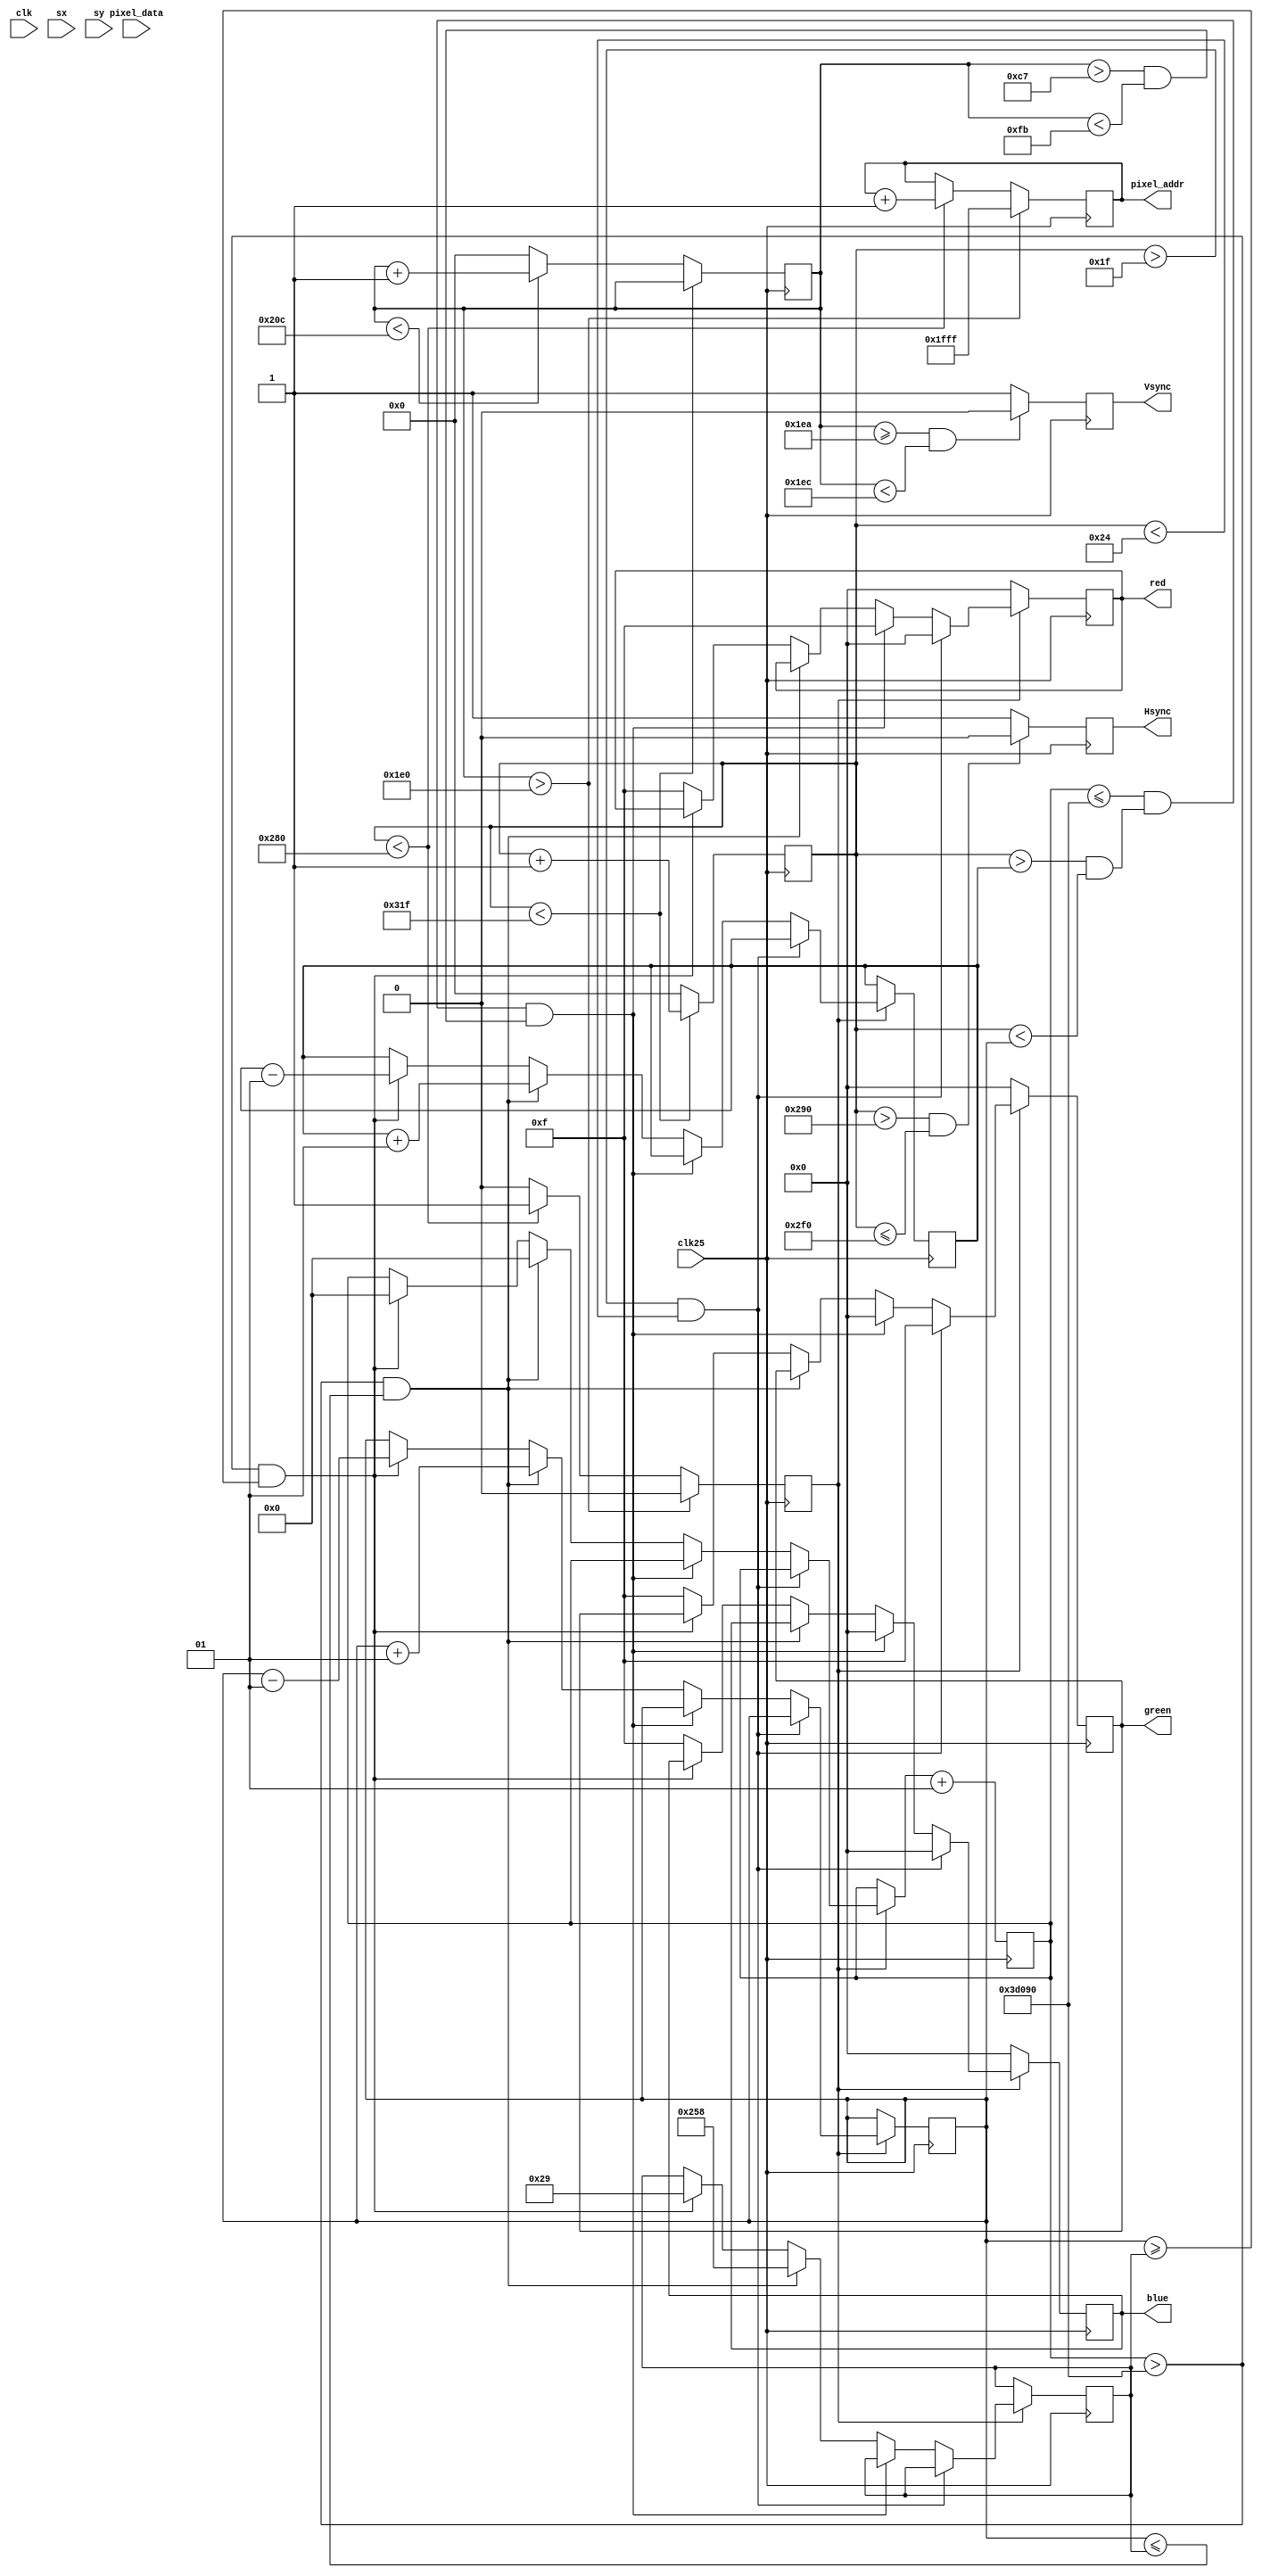
`timescale 1ns / 1ps


module VGALAB(clk,clk25, pixel_data,sx,sy,red,green,blue,Hsync,Vsync,pixel_addr);
input clk;
input clk25;
input [7:0] pixel_data;
input [8:0] sx, sy;
output reg [3:0] red;
output reg [3:0] green;
output reg [3:0] blue;
output reg Hsync,Vsync;
output reg [12:0] pixel_addr;

localparam HDISP=640;
localparam HFP=16;
localparam HPW=96;
localparam HLIM=800;

localparam VDISP=480;
localparam VFP=10;
localparam VPW=2;
localparam VLIM=525;

reg [15:0] hcount = 0;
reg [15:0] vcount = 0;
reg enable = 0;

integer boundary;
integer move1 = 36;
integer move2 = 41;
integer counter = 0;

always @(posedge clk25)
begin
if(hcount < HLIM-1)
   hcount <= hcount+1;
   else
   begin
   hcount<=0;
   if(vcount < VLIM-1)
   vcount <= vcount+1;
   else
   vcount <= 0;
   end
if(vcount > 480)
    begin
    pixel_addr <= -1;
    enable <= 0;
    end
    else
    begin
    if(hcount < 640)
    begin
    enable <= 1;
    pixel_addr<=pixel_addr+1;
    end
    else
    enable<=0;
    end
if(enable==1)
    begin
    
    if(hcount > 31 && hcount < 36)
    begin
    red <= 4'b0000;
    green <= 4'b1111;
    blue <= 4'b0000;
    end
    else if((counter <= 250000) && (hcount > move1 && hcount < move2) && (vcount > 199 && vcount < 251))
    begin
    red <= 4'b1111;
    green <= 4'b0000;
    blue <= 4'b0000;
    end
    else if(counter > 250000 && move2 <= boundary)
    begin
    boundary = 600;
    counter = 0;
    move1 <= move1 + 1;
    move2 <= move2 + 1;
    end
    else if(counter > 250000 && move2 >= boundary)
    begin
    boundary = 41;
    counter = 0;
    move1 <= move1 - 1;
    move2 <= move2 - 1;
    end
    else
    begin
    red <= 4'b1111;
    green <= 4'b1111;
    blue <= 4'b1111;
    end
    end
    else
    begin
    red <= 4'b0000;
    green <= 4'b0000;
    blue <= 4'b0000;
    end
    
if(hcount > (HDISP+HFP) && hcount <= (HDISP+HFP+HPW))
    Hsync <=0;
    else
    Hsync <=1;
if(vcount >= (VDISP+VFP) && vcount  < (VDISP+VFP+VPW))
    Vsync <= 0;
    else
    Vsync <= 1;

counter = counter + 1;

end
endmodule